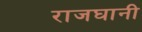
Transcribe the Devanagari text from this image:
राजघानी